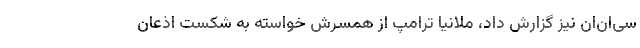
سی‌ان‌ان نیز گزارش داد، ملانیا ترامپ از همسرش خواسته به شکست اذعان